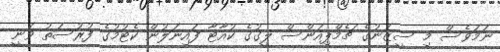
ނަމަވެސް މި ސީޒަނުގެ ޗެމްޕިއަންސް ލީގުގެ ކުއާޓާ ފައިނަލުން ކެޓުމުގެ ފުރުސަތު ވަނީ